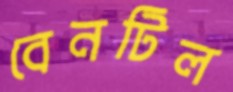
বেনটিল